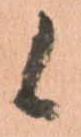
候